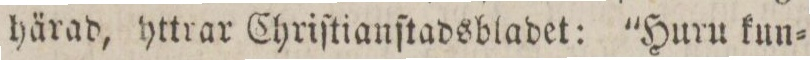
härad, httrar Chriſtianſtadsbladet: 'Huru kun=